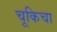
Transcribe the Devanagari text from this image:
चूकिचा